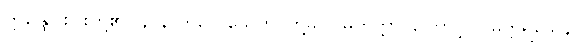
ဣန္ဒြေငါးပါးတို့၏။ နာနာကိလေသေဟိ၊ တို့မှ။ ဝိမုတ္တတ္တာ၊ ကြောင့်။ ဝိမုတ္တရသေန၊